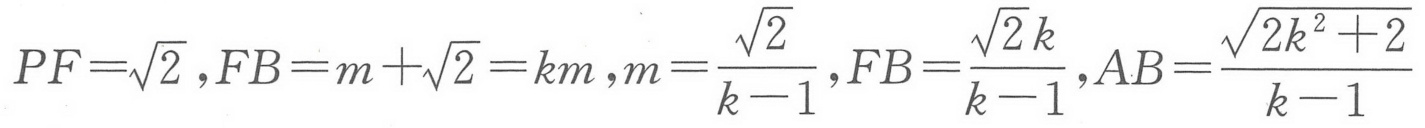
\(PF = \sqrt{2},FB = m+\sqrt{2}=km,m=\frac{\sqrt{2}}{k - 1},FB=\frac{\sqrt{2}k}{k - 1},AB=\frac{\sqrt{2k^{2}+2}}{k - 1}\)